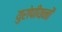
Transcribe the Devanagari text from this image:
युरोपीयनों